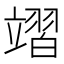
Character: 𮵪